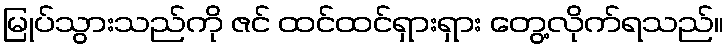
မြုပ်သွားသည်ကို ဇင် ထင်ထင်ရှားရှား တွေ့လိုက်ရသည်။